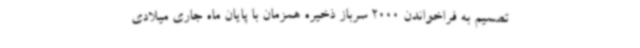
تصمیم به فراخواندن 2000 سرباز ذخیره همزمان با پایان ماه جاری میلادی